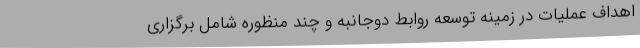
اهداف عملیات در زمینه توسعه روابط دوجانبه و چند منظوره شامل برگزاری